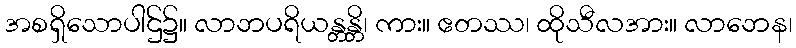
အစရှိသောပါဌ်၌။ လာဘပရိယန္တန္တိ၊ ကား။ ဧတဿ၊ ထိုသီလအား။ လာဘေန၊